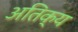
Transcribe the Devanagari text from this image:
अतिक्य